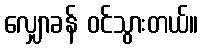
လျှောခန် ဝင်သွားတယ်။